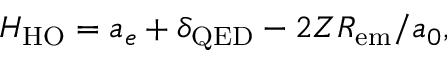
H _ { \mathrm { H O } } = a _ { e } + \delta _ { \mathrm { Q E D } } - 2 Z R _ { \mathrm { e m } } / a _ { 0 } ,